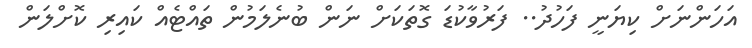
އަހަންނަށް ކިޔަނީ ފަހުދު.. ފަރުވާކުޑަ ގޮތަކަށް ނަން ބުނެލަމުން ތައްޓެއް ކައިރި ކޮށްލަން